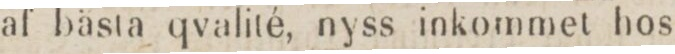
af bästa qvalité, nyss inkommet hos